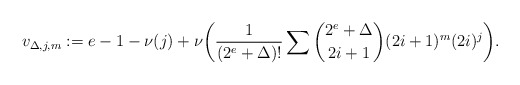
\begin{align*}v_{\Delta,j,m}:=e-1-\nu(j)+\nu\biggl(\frac1{(2^e+\Delta)!}\sum\binom{2^e+\Delta}{2i+1}(2i+1)^m(2i)^j\biggr).\end{align*}